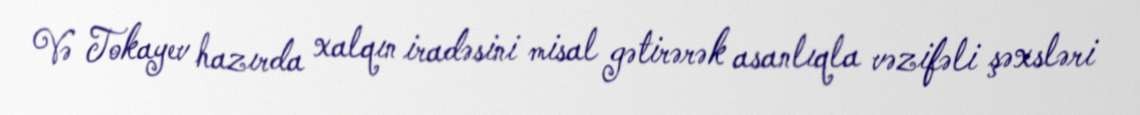
Və Tokayev hazırda xalqın iradəsini misal gətirərək asanlıqla vəzifəli şəxsləri